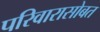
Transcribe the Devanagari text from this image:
परिवारासोबत